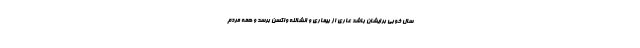
سال خوبی برایشان باشد عاری از بیماری و انشالله واکسن برسد و همه مردم